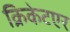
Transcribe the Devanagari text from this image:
क्रिकेटएर